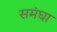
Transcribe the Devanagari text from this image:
समंघा